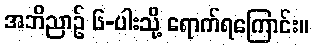
အဘိညာဉ် ၆-ပါးသို့ ရောက်ရကြောင်း။